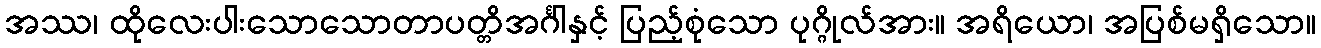
အဿ၊ ထိုလေးပါးသောသောတာပတ္တိအင်္ဂါနှင့် ပြည့်စုံသော ပုဂ္ဂိုလ်အား။ အရိယော၊ အပြစ်မရှိသော။